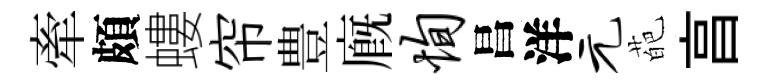
牽頗螻帘豊廐恂昌洋元葩亯